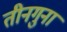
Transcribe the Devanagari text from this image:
तीनगुना